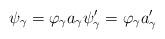
LaTeX: \begin{align*} \psi_\gamma = \varphi_\gamma a_\gamma \psi'_\gamma = \varphi_\gamma a'_\gamma \end{align*}